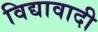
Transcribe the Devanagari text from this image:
विद्यावादी